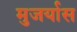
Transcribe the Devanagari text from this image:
मुजर्यास